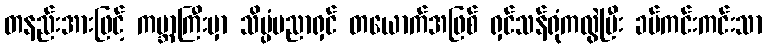
တနည်းအားဖြင့် ကမ္ဘာကြီးမှာ သိပ္ပံပညာရှင် တယောက်အဖြစ် ရှင်သန်ရုံကလွဲပြီး ခပ်ကင်းကင်းသာ